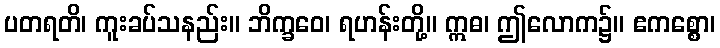
ပတရတိ၊ ကူးခပ်သနည်း။ ဘိက္ခဝေ၊ ရဟန်းတို့။ ဣဓ၊ ဤလောက၌။ ဧကစ္စော၊